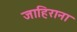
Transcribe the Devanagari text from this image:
जाहिराना